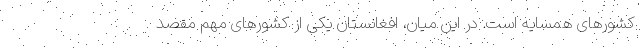
کشورهای همسایه است. در این میان، افغانستان یکی از کشورهای مهم مقصد